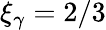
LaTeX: \xi_{\gamma}=2/3